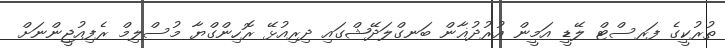
ތުރުކީގެ ފަރސްޓް ލޭޑީ އަމީން އުރުދުޣާން ބަނގްލަދޭޝްގައި ދިރިއުޅޭ ރޮހިންގްޔާ މުސްލިމް ރެފިއުޖީންނަށް